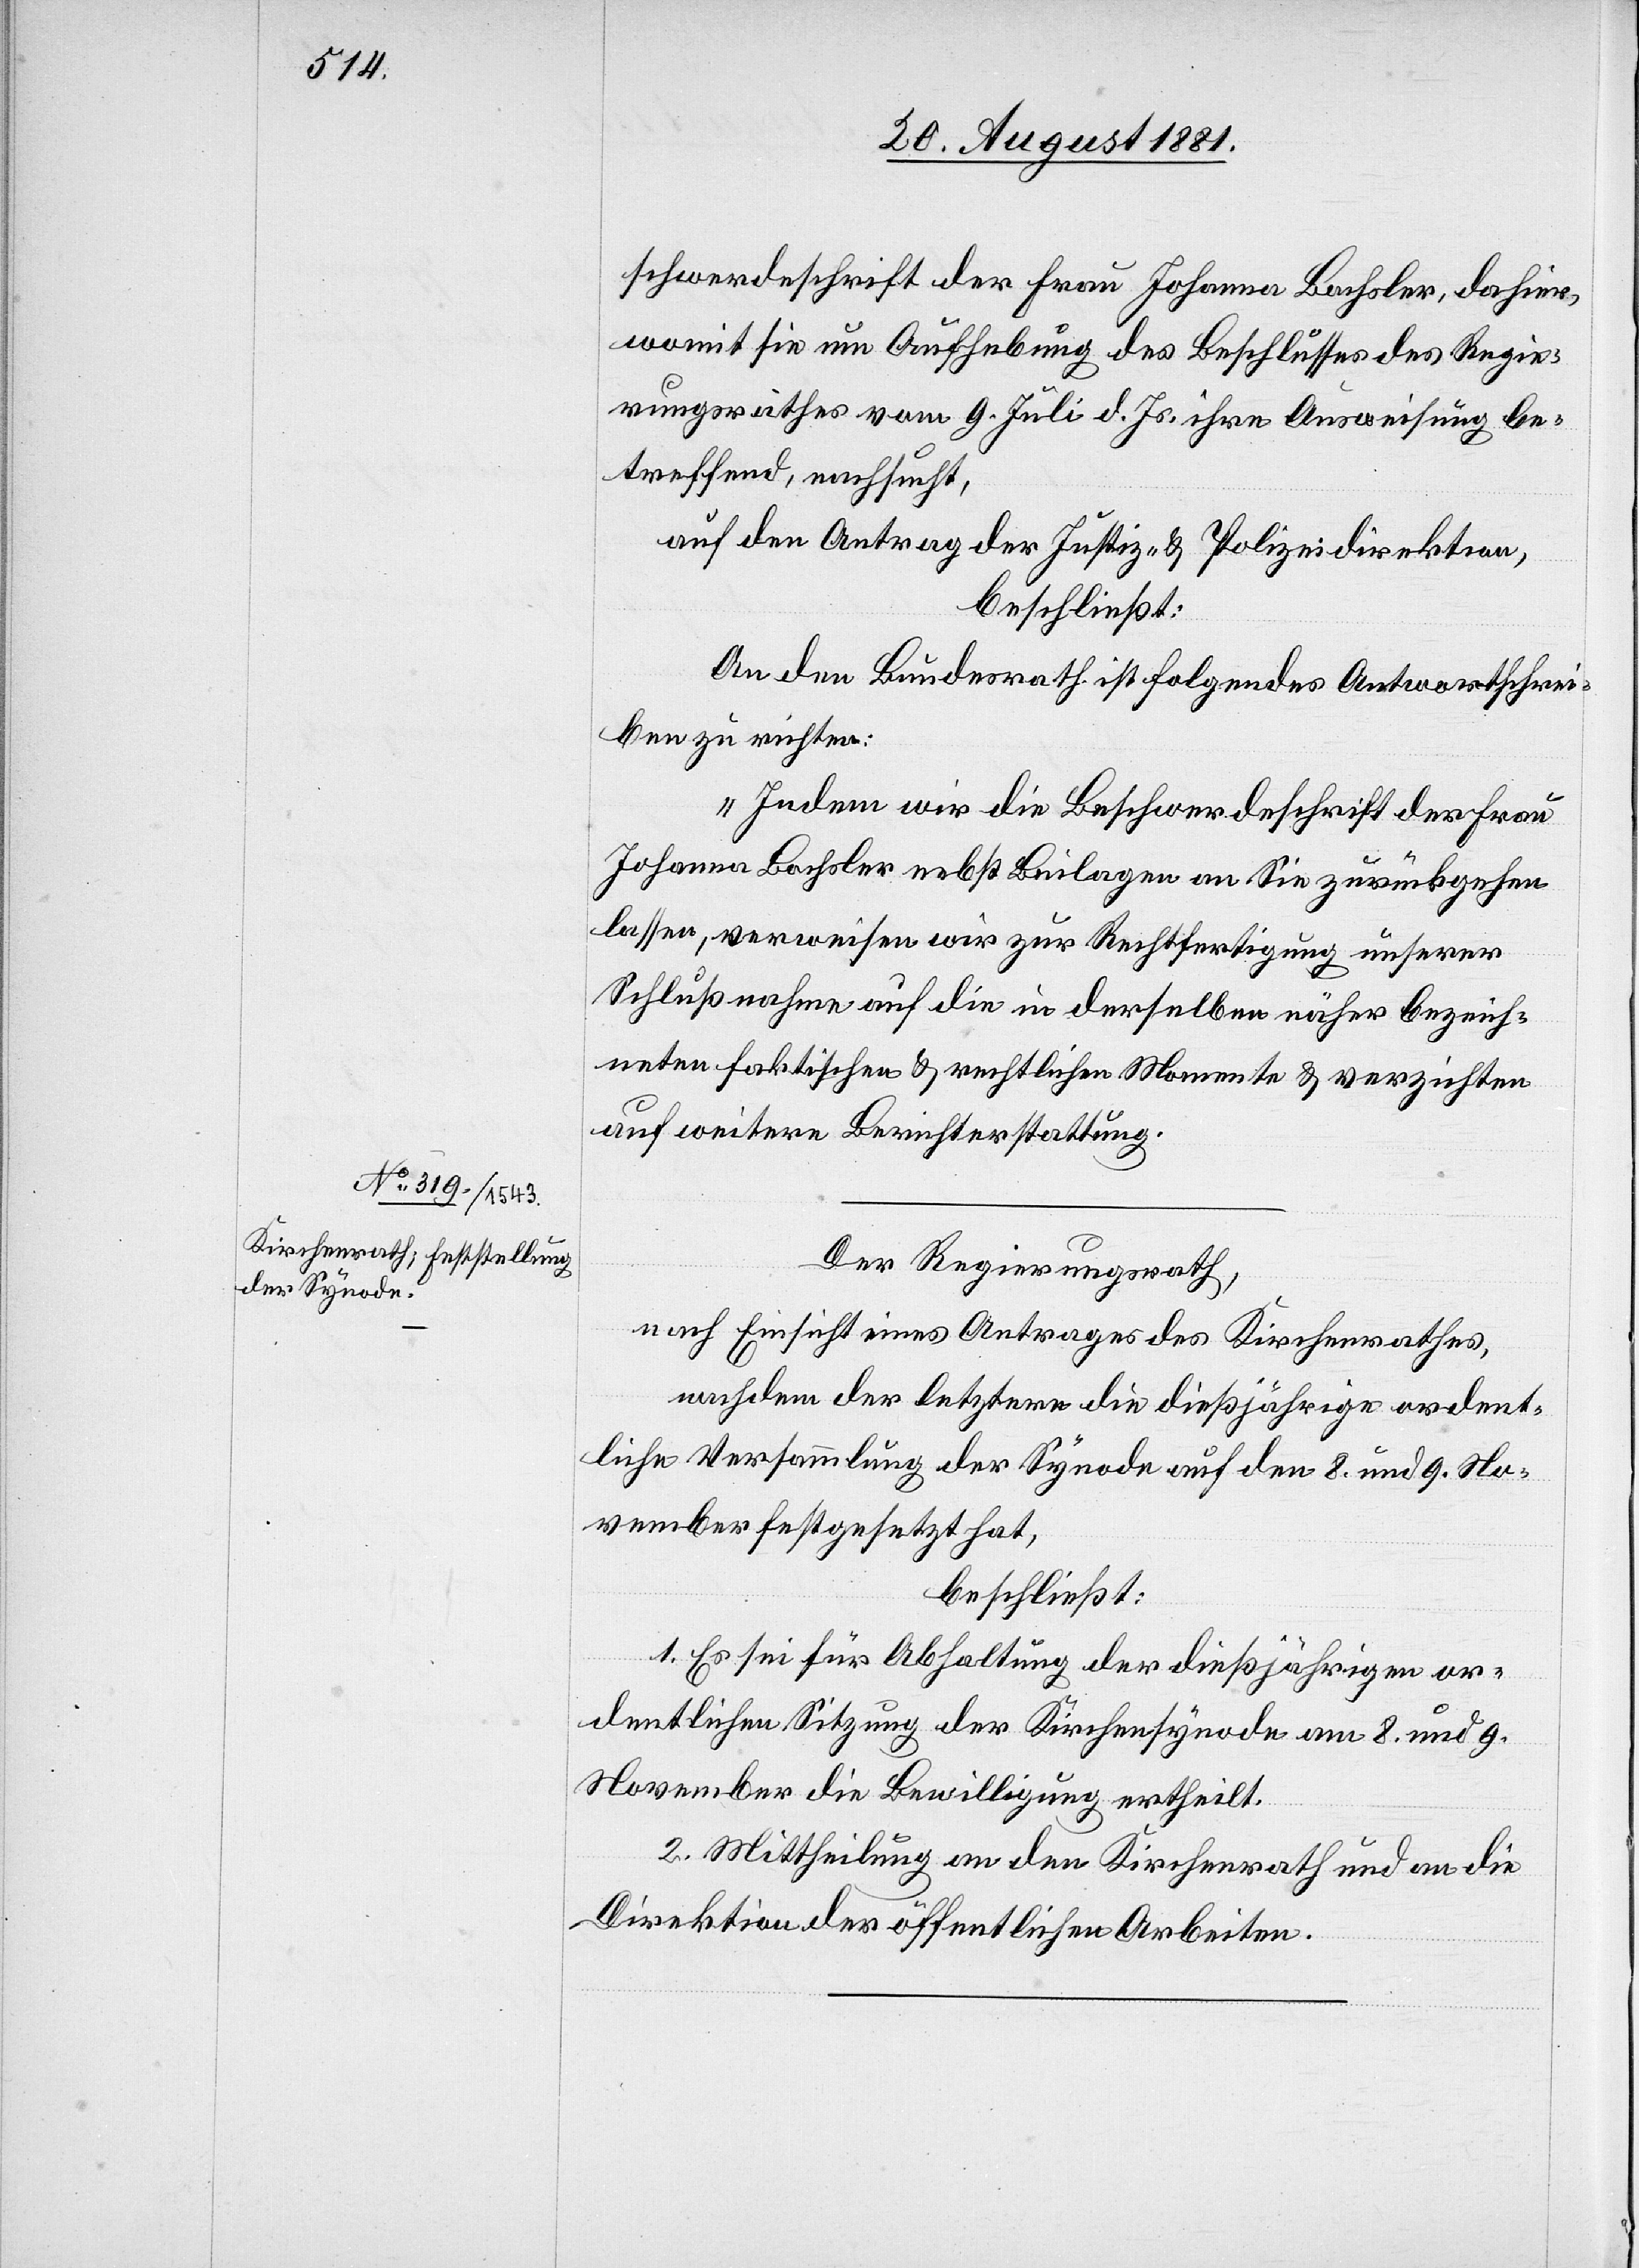
schwerdeschrift der Frau Johanna Bachsler, dahier,
womit sie um Aufhebung des Beschlusses des Regie¬
rungsrathes vom 9. Juli d. Js. ihre Ausweisung be¬
treffend, nachsucht,
auf den Antrag der Justiz- & Polizeidirektion,
beschließt:
An den Bundesrath ist folgendes Antwortschrei¬
ben zu richten:
„Indem wir die Beschwerdeschrift der Frau
Johanna Bachsler nebst Beilagen an Sie zurückgehen
lassen, verweisen wir zur Rechtfertigung unserer
Schlußnahme auf die in derselben näher bezeich¬
neten faktischen & rechtlichen Momente & verzichten
auf weitere Berichterstattung.
Der Regierungsrath,
nach Einsicht eines Antrages des Kirchenrathes,
nachdem der letztere die dießjährige ordent¬
liche Versammlung der Synode auf den 8. und 9. No¬
vember festgesetzt hat,
beschließt:
1. Es sei für Abhaltung der dießjährigen or¬
dentlichen Sitzung der Kirchensynode am 8. und 9.
November die Bewilligung ertheilt.
2. Mittheilung an den Kirchenrath und an die
Direktion der öffentlichen Arbeiten.